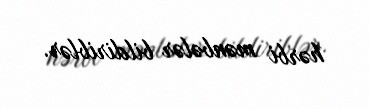
hərbi mənbələr bildiriblər.